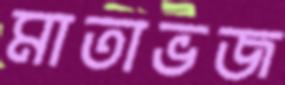
মাতাভজ